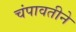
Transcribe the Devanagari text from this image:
चंपावतीने